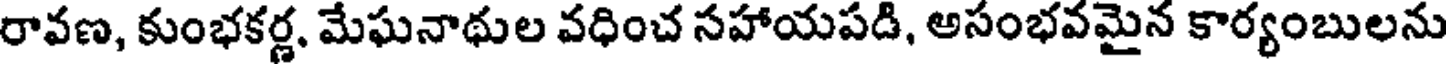
రావణ, కుంభకర్ణ, మేఘనాథుల వధించ సహాయపడి, అసంభవమైన కార్యంబులను